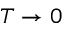
T \to 0